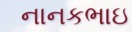
નાનકભાઇ